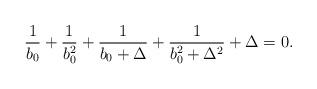
LaTeX: \begin{align*}\frac{1}{b_0}+\frac{1}{b_0^2}+\frac{1}{b_0+\Delta}+\frac{1}{b_0^2+\Delta^2}+\Delta=0.\end{align*}